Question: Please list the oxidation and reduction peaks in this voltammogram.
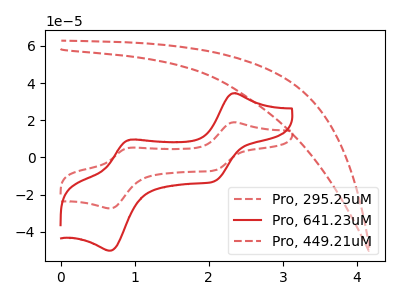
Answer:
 <answer>The red dashed curve "Pro, 295.25uM" has anodic peaks at (2.35V, 18.90uA) (0.95V, 5.20uA) and cathodic peaks at (2.10V, -7.00uA) (0.65V, -27.45uA). The red curve "Pro, 641.23uM" has anodic peaks at (2.35V, 34.55uA) (0.95V, 9.55uA) and cathodic peaks at (2.10V, -12.80uA) (0.65V, -50.25uA). The red dashed curve "Pro, 449.21uM" has no peaks.</answer>
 <eval></eval>